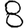
Digit: 8